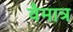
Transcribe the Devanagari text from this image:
वैमात्र